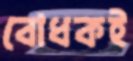
বোধকই